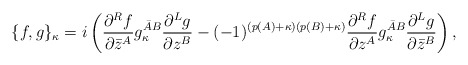
\begin{align*}\{ f,g\}_\kappa = i\left( \frac{\partial ^R f}{\partial \bar z^A} g^{{\bar A}B}_\kappa \frac{\partial ^L g}{\partial z^B} - (-1)^{(p(A)+\kappa)(p(B)+\kappa)} \frac{\partial ^R f}{\partial z^A} g^{{\bar A}B}_\kappa \frac{\partial ^L g }{\partial \bar z^B} \right),\end{align*}